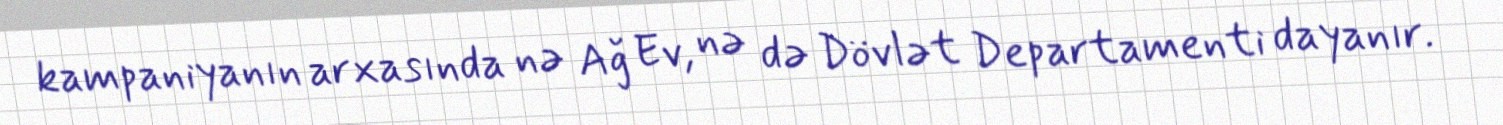
kampaniyanın arxasında nə Ağ Ev, nə də Dövlət Departamenti dayanır.